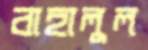
বাহালুল